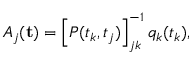
A _ { j } ( \mathbf { t } ) = \left[ P ( t _ { k } , t _ { j } ) \right] _ { j k } ^ { - 1 } q _ { k } ( t _ { k } ) ,